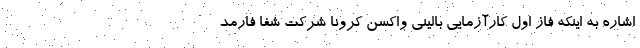
اشاره به اینکه فاز اول کارآزمایی بالینی واکسن کرونا شرکت شفا فارمد